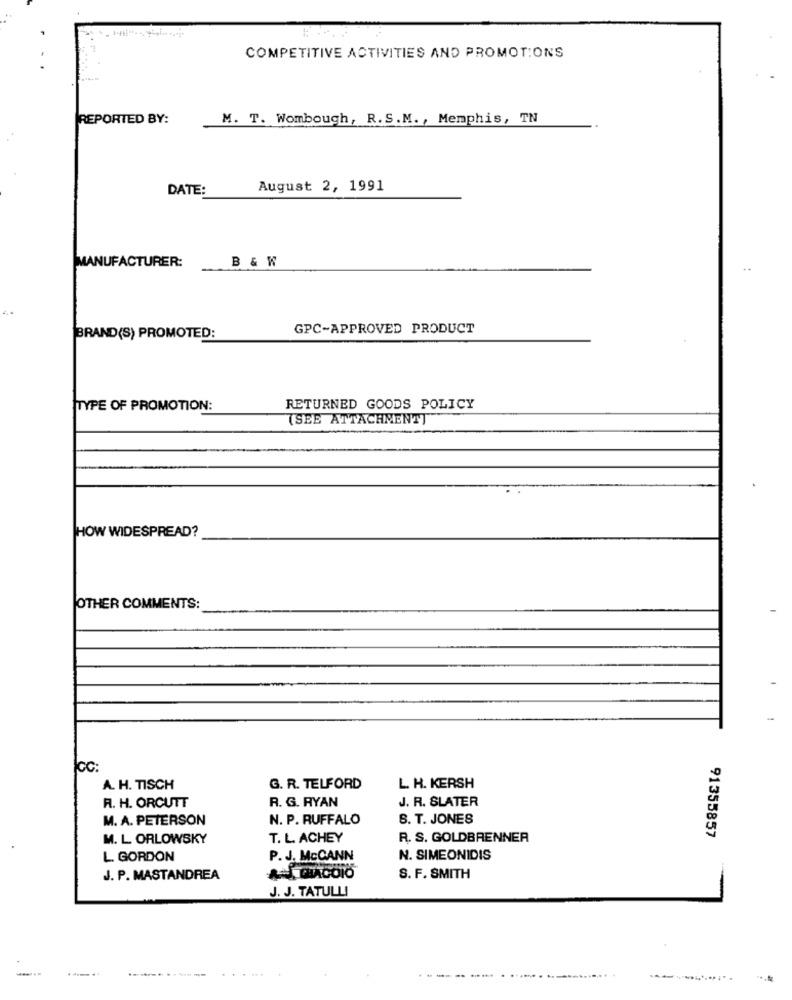
COMPETITIVE ACTIVITIES AND PROMOTIONS
REPORTED BY:
M. T. Wombough, R. S.M. , Memphis, TN
DATE:
August 2, 1991
B& W
MANUFACTURER:
GPC-APPROVED PRODUCT
BRAND(S) PROMOTED:
TYPE OF PROMOTION:
RETURNED GOODS POLICY
(SEE ATTACHMENT]
HOW WIDESPREAD?
OTHER COMMENTS:
ICC:
A. H. TISCH
G. R. TELFORD
L. H. KERSH
R. G. RYAN
J. R. SLATER
R. H. ORCUTT
M. A. PETERSON
N. P. RUFFALO
S. T. JONES
91355857
M. L ORLOWSKY
T. L. ACHEY
R. S. GOLDBRENNER
L. GORDON
P. J. McCANN
N. SIMEONIDIS
J. P. MASTANDREA
CHACOIO
S. F. SMITH
J. J. TATULLI
---
. ----..
.--------